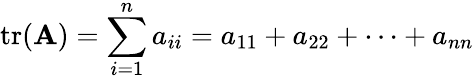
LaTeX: \operatorname{tr}(\mathbf{A})=\sum_{i=1}^{n}a_{ii}=a_{11}+a_{22}+\dots+a_{nn}